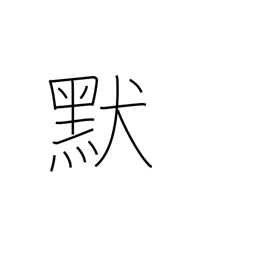
Meaning: silent